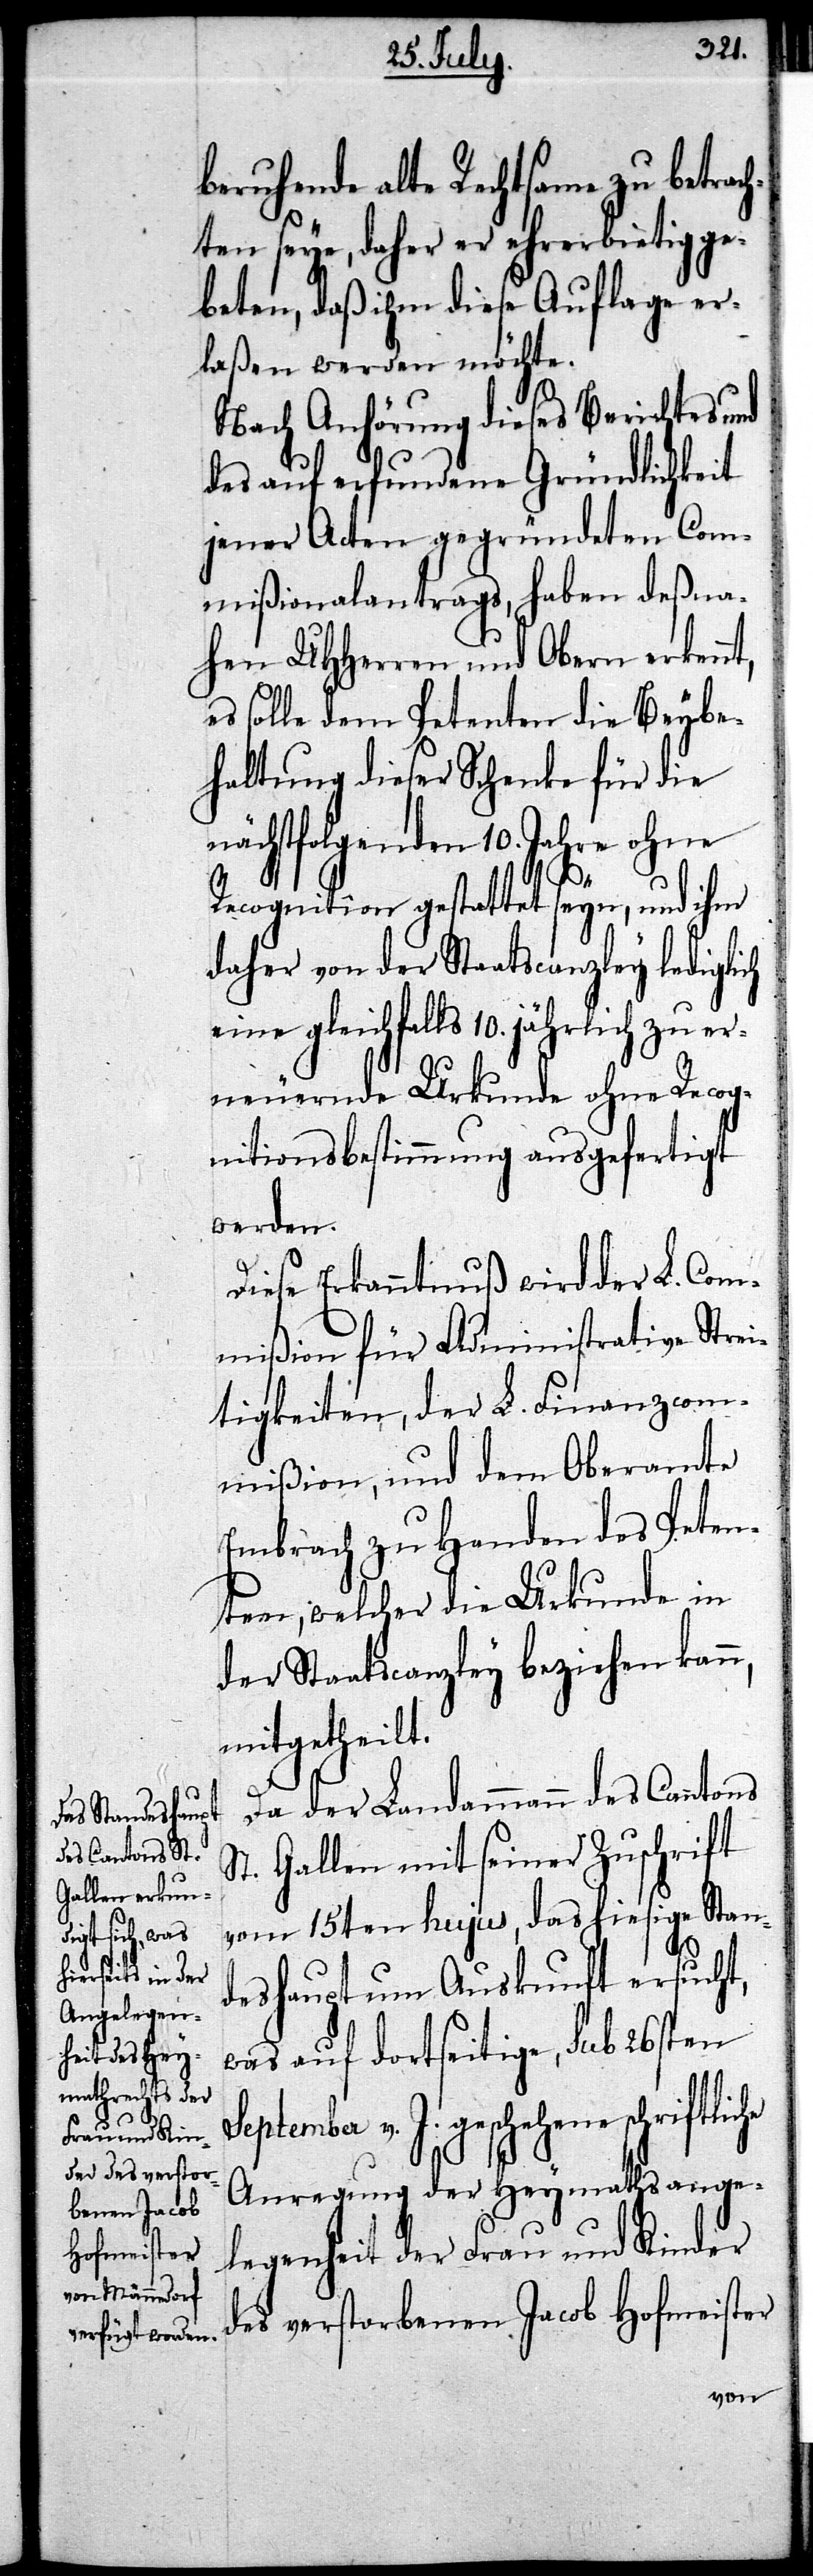
Se¬

beruhende alte Rechtsame zu betrach¬
ten seye, daher er ehrerbietig ge¬
beten, daß ihm diese Auflage er¬
laßen werden möchte.
Nach Anhörung dieses Berichtes
des auf erfundene Gründlichkeit
jener Acten gegründeten Com¬
mißionalantrags, haben deßna¬
hen UHHerren und Obern erkennt,
es solle dem Petenten die Beybe¬
haltung dieser Schenke für die
nächstfolgenden 10. Jahre ohne
Recognition gestattet seyn, und ihm
daher von der Staatscanzley lediglich
eine gleichfalls 10. jährlich zu er¬
neuernde Urkunde ohne Recog¬
nitionsbestimmung ausgefertigt
werden.
Diese Erkanntnuß wird der L. Com¬
mißion für Administrative Stre¬
itigkeiten, der L. Finanzcom¬
mißion, und dem Oberamte
Embrach zu Handen des Peten¬
ten, welcher die Urkunde in
der Staatscanzley beziehen kann,
mitgetheilt.
Da der Landammann des Cantons
St. Gallen mit seiner Zuschrift
vom 15ten hujus, das hiesige Stan¬
deshaupt um Auskunft ersucht,
was auf dortseitige, sub 26sten
ptember v. J. geschehene schriftliche
Anregung der Heymathsange¬
legenheit der Frau und Kinder
des verstorbenen Jacob Hofmeister